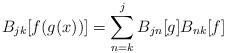
LaTeX: \begin{align*}B_{jk}[f(g(x))]=\sum_{n=k}^j B_{jn}[g]B_{nk}[f] \end{align*}